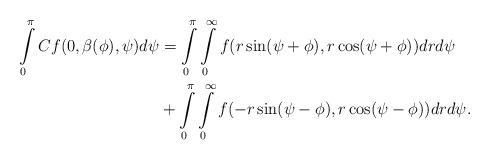
LaTeX: \begin{align*} \int\limits_0^\pi Cf(0,\beta(\phi),\psi)d\psi&=\int\limits_0^\pi \int\limits_0^\infty f(r\sin(\psi+\phi),r\cos(\psi+\phi))dr d\psi \\ &+ \int\limits_0^\pi \int\limits_0^\infty f(-r\sin(\psi-\phi),r\cos(\psi-\phi))dr d\psi. \end{align*}